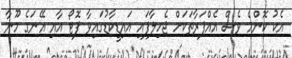
އެކު ކޮންމެ ވެސް އެއްފަރާތަކަށް ޖެހިލާފައި އައިޑީކާޑުގައިވާ ފޮޓޯ އާއި އޭނަގެ މޫނާ